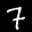
Label: 7